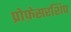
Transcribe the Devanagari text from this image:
प्रोफ़ेसरशिप